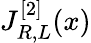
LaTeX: J_{R,L}^{[2]}(x)